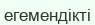
егемендікті